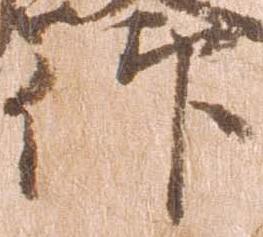
仰